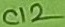
Text: C12